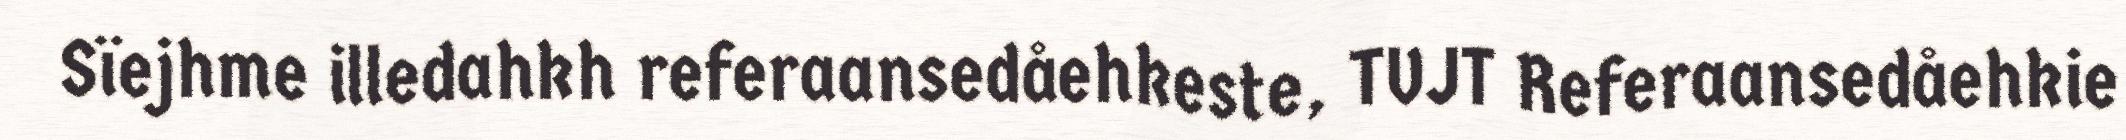
Sïejhme illedahkh referaansedåehkeste, TVJT Referaansedåehkie